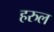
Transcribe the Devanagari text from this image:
हरुल